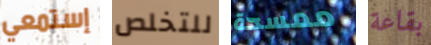
إستمعي للتخلص ممسحة بقاعة